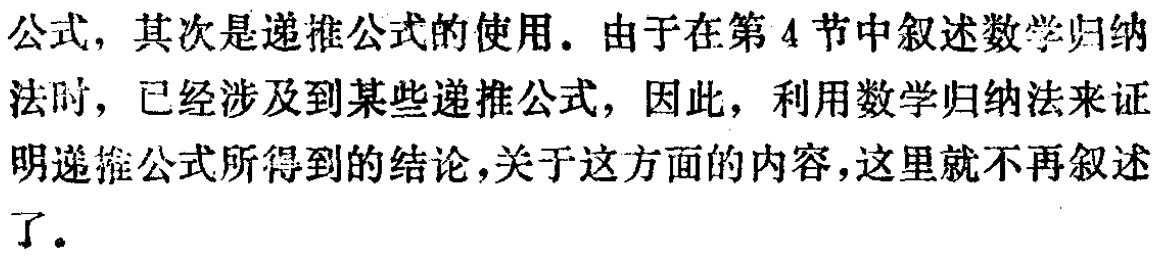
公式，其次是递推公式的使用。由于在第4节中叙述数学归纳法时，已经涉及到某些递推公式，因此，利用数学归纳法来证明递推公式所得到的结论，关于这方面的内容，这里就不再叙述了。